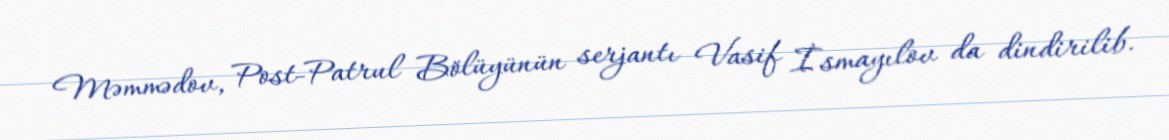
Məmmədov, Post-Patrul Bölüyünün serjantı Vasif İsmayılov da dindirilib.